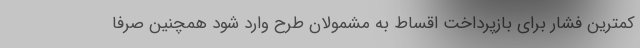
کمترین فشار برای بازپرداخت اقساط به مشمولان طرح وارد شود همچنین صرفا